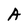
Character: A